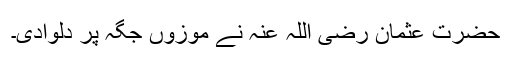
حضرت عثمان رضی اللہ عنہ نے موزوں جگہ پر دلوادی۔